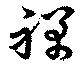
禪